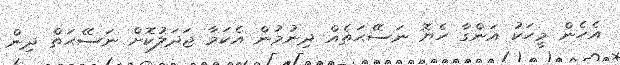
އެހެން މީހަކު އަންގާ ހެޔޮ ނަސޭޙަތެއް ދިނުމުން އެކަމާ ޖަދަލުކޮށް ނަސޭޙަތް ދިން